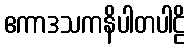
ဧကာဒသကနိပါတပါဠိ